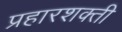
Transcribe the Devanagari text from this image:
प्रहारशक्ती